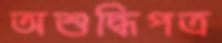
অশুদ্ধিপত্র